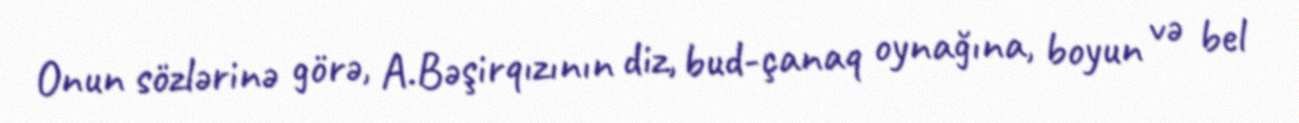
Onun sözlərinə görə, A.Bəşirqızının diz, bud-çanaq oynağına, boyun və bel